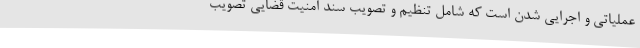
عملیاتی و اجرایی شدن است که شامل تنظیم و تصویب سند امنیت قضایی تصویب